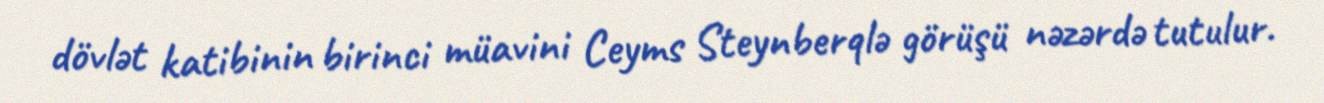
dövlət katibinin birinci müavini Ceyms Steynberqlə görüşü nəzərdə tutulur.